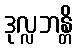
ဒုလ္လဘန္တိ